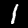
Digit: 1